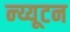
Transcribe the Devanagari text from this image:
न्य्यूटन